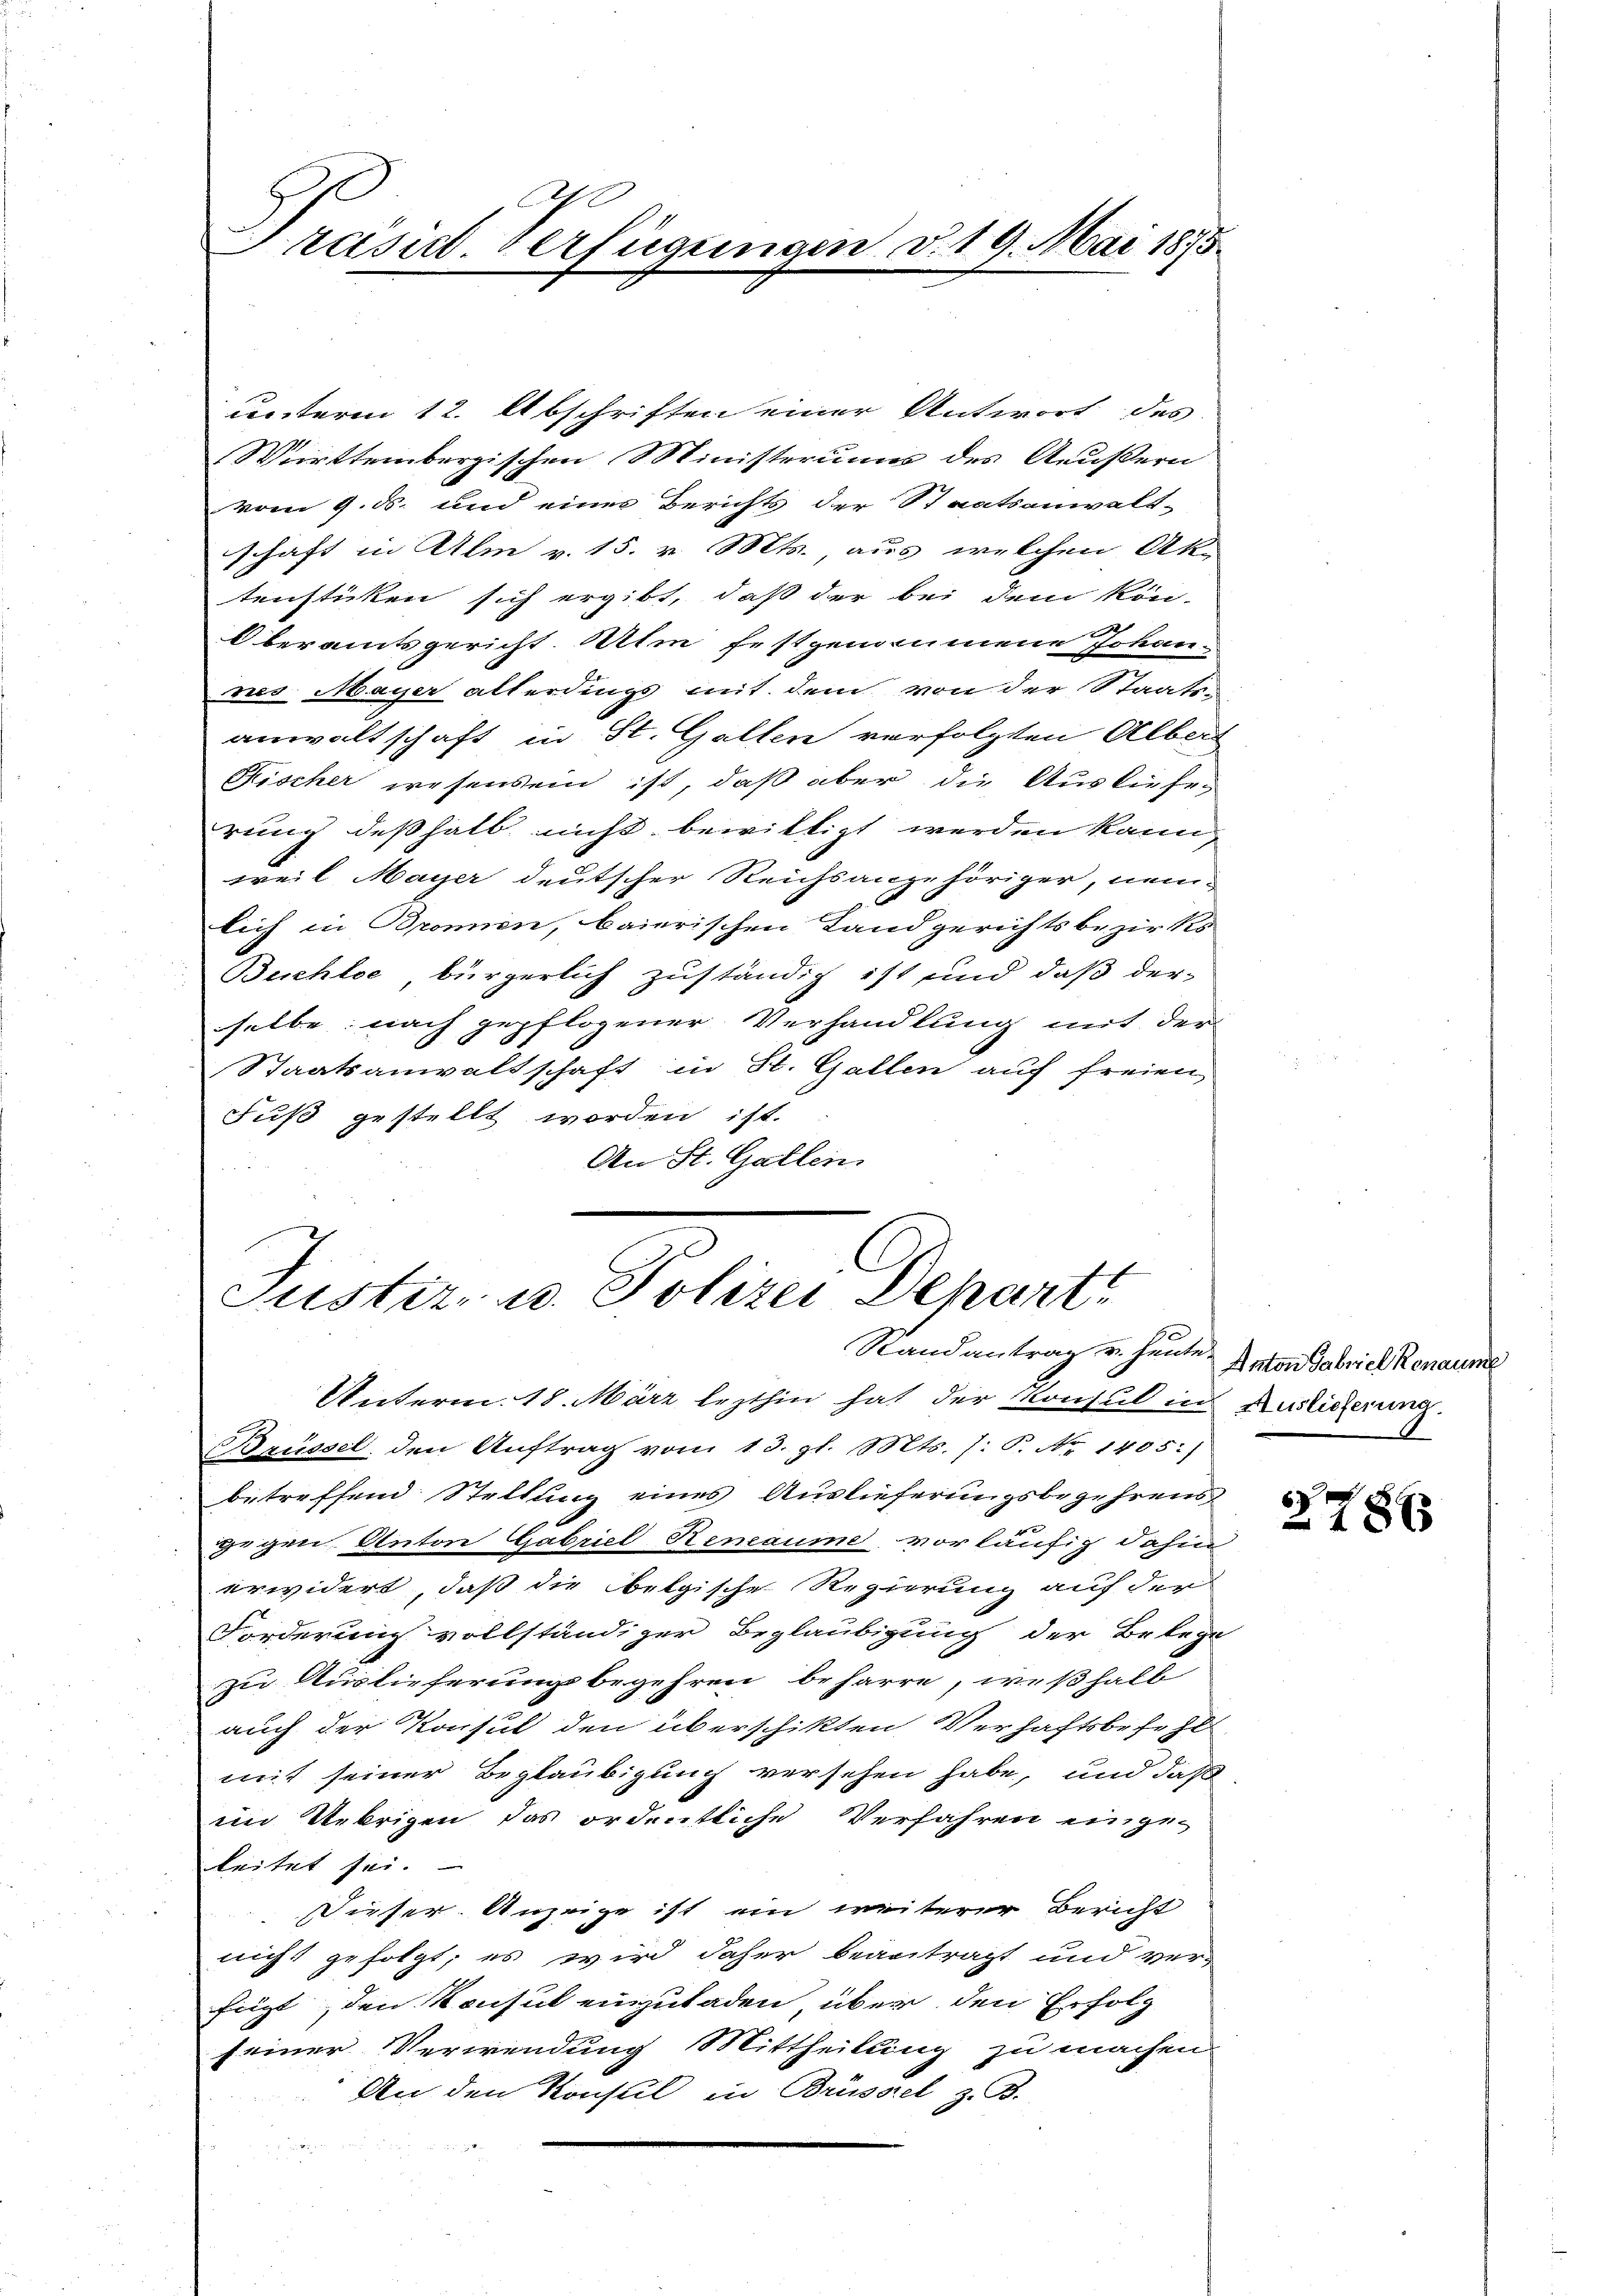
Präsid. Verfügungen d. 19. Mai 1875.

unterm 12. Abschriften einer Antwort des
Württembergischen Ministeriums des Aeußern
vom 9. ds. und einer Berichts der Staatsanwalt-
schaft in Alm v. 15. v. Mts., aus welchen Ak-
tensticken sich ergibt, daß der bei dem kön-
Oberamtsgericht. Um festgenommene Johan-
nes Mayer allerdings mit dem von der Staats-
anwaltschaft in St. Gallen verfolgten Alberg
Fischer wesensein ist, daß aber die Auslieferung deßhalb nicht bewilligt werden kann,
weil Mayer deutscher Reichsangehöriger, nemn
lich in Bronen, baierischen Landgerichtsbezirks
Behle, bürgerlich zuständig ist und daß der
selbe nach gepflogener Verhandlung mit der
Staatsanwaltschaft in St. Gallen auf freien
Fuß gestellt worden ist.
An St. Gallen.

Justiz- u. Polizei Depart
Randantrag u. heute Anton Gabriel Renaun.

Unterm 18. März lezthin hat der Konsul in Auslieferung.
Brüssel, den Auftrag vom 13. gl. Mts. ): P. Nr. 1405:)
betreffend Stellung eines Auslieferungsbegehrens
gegen. Anton Gabriel Remaume vorläufig dahin
erwidert, daß die belgische Regierung auf der
Forderung vollständiger Beglaubigung der Belege
zu Auslieferungsbegehren beharre, weßhalb
auch der Konsul den überschikten Verhaftsbefehl
mit seiner Beglaubigung versehen habe, und daß
im Uebrigen das ordentliche Verfahren eingeleitet sei.
Dieser Anzeige ist ein weiterer Bericht
nicht gefolgt; es wird daher beantragt und ver-
fügt, den Konsul einzuladen über den Erfolg
seiner Verwendung Mittheilung zu machen
An den Konsul in Brüssel, z. B.

6

278x